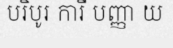
បរិបូរ ការី បញ្ញា យ